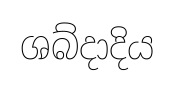
ශබ්දාදිය